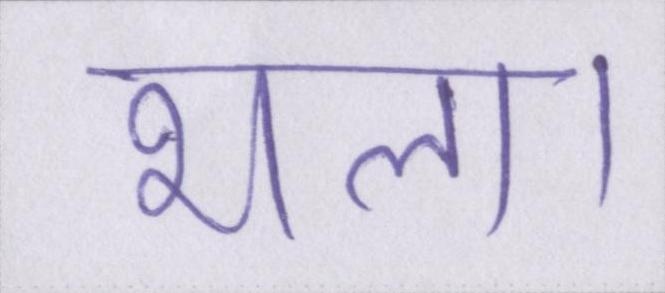
भला।